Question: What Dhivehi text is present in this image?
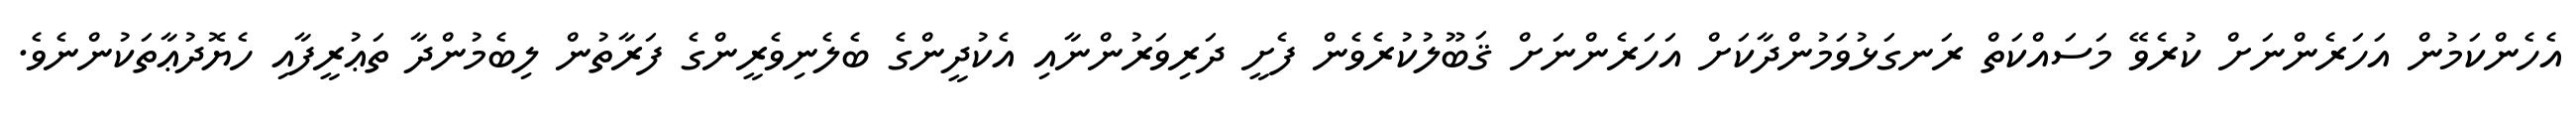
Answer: އެހެންކަމުން އަހަރެންނަށް ކުރެވޭ މަސައްކަތް ރަނގަޅުވަމުންދާކަށް އަހަރެންނަށް ޤަބޫލުކުރެވެން ފެށީ ދަރިވަރުންނާއި އެކުދީންގެ ބެލެނިވެރީންގެ ފަރާތުން ލިބެމުންދާ ތަޢުރީފާއި ހެޔޮދުޢާތަކުންނެވެ.